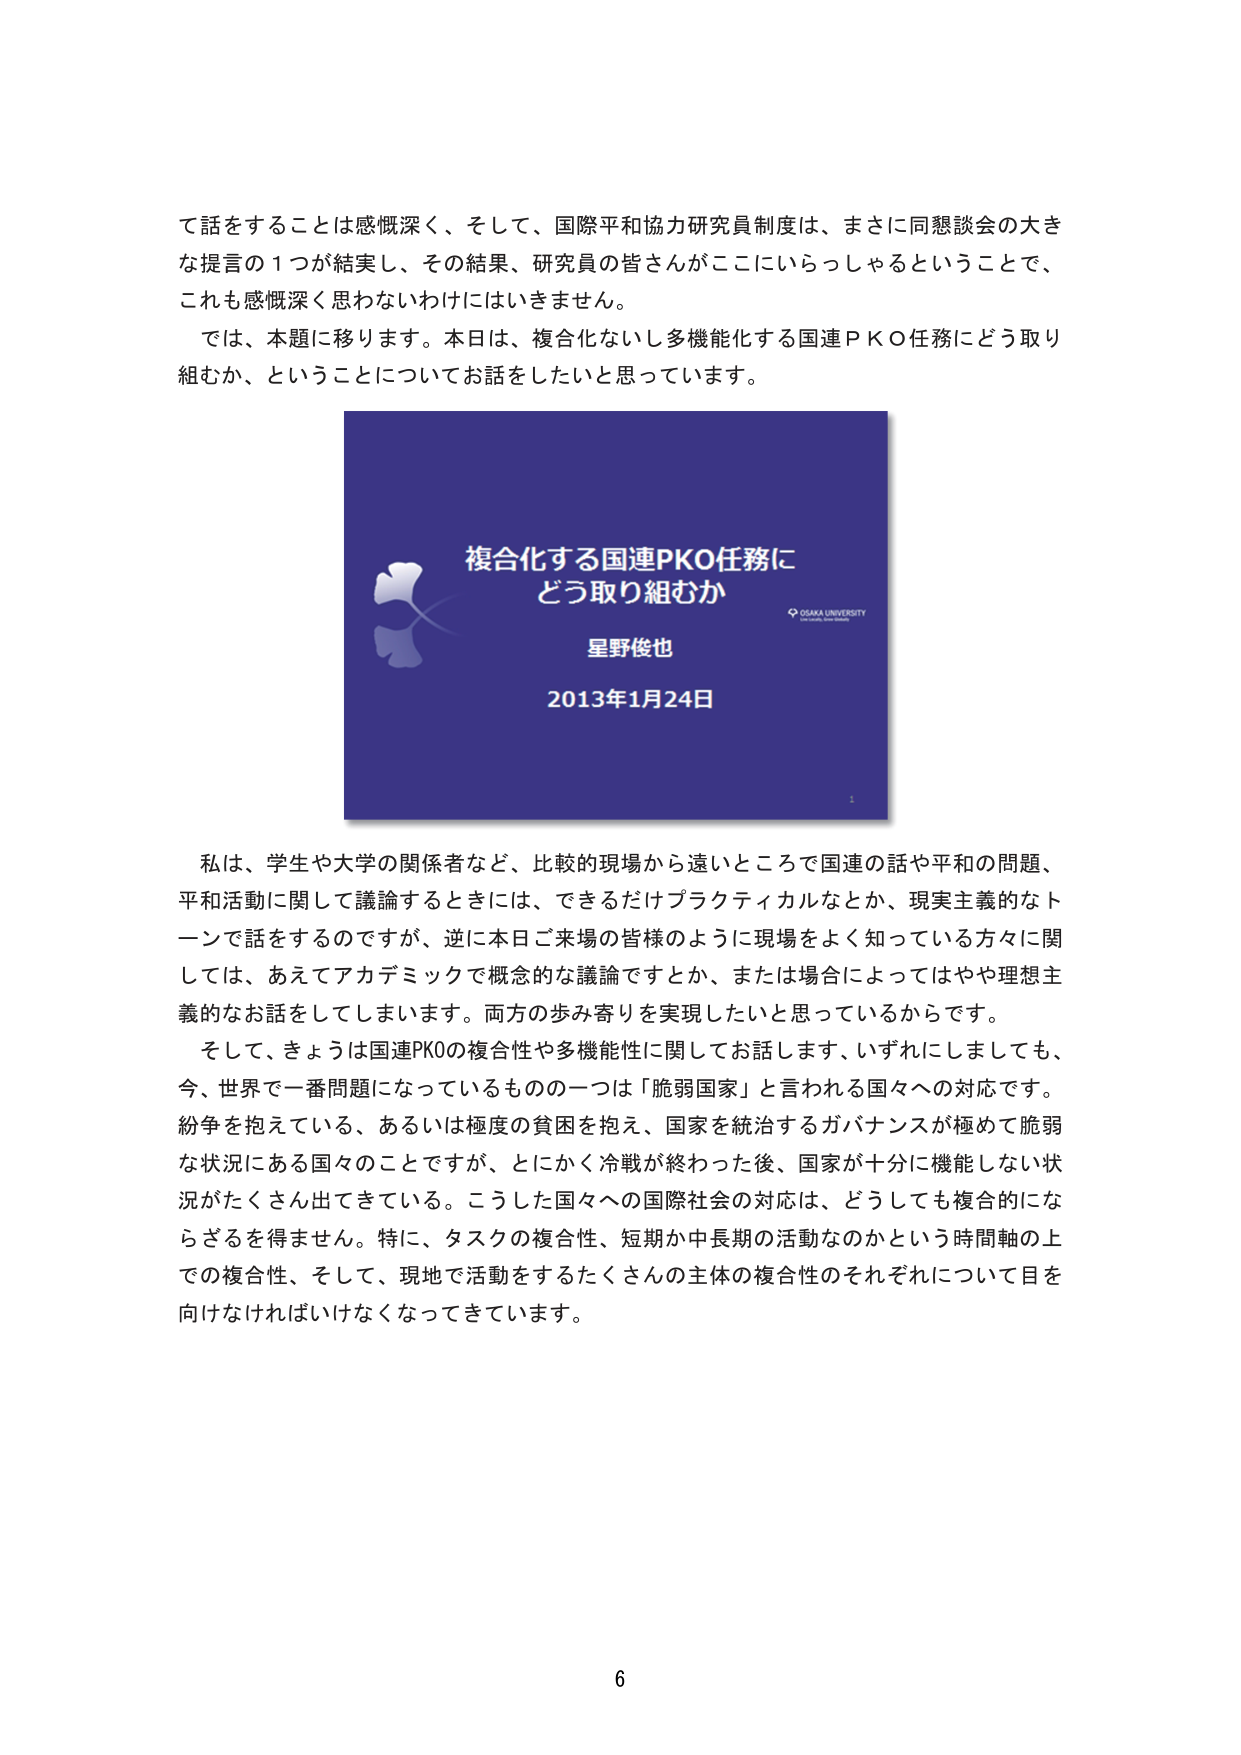
て話をするることは感慨深く、そして、国際平和協力研究員制度は、まさに同懇談会の大きな提言の1つが結実し、その結果、研究員の皆さんがここにいらっしゃるということで、これも感慨深く思わないわけにはいきません。

では、本題に移ります。本日は、複合化ないし多機能化する国連ＰＫＯ任務にどう取り組むか、ということについてお話をしたいと思っています。

複合化する国連PKO任務に
どう取り組むか
星野俊也
2013年1月24日
OSAKA UNIVERSITY

私は、学生や大学の関係者など、比較的現場から遠いところで国連の話や平和の問題、平和活動に関して議論するときには、できるだけプラクティカルなとか、現実主義的なトーンで話をするのですが、逆に本日ご来場の皆様のように現場をよく知っている方々に関しては、あえてアカデミックで概念的な議論ですとか、または場合によってはやや理想主義的なお話をしてしまいます。両方の歩み寄りを実現したいと思っているからです。

そして、きょうは国連PKOの複合性や多機能性に関してお話します。いずれにしましても、今、世界で一番問題になっているものの一つは「脆弱国家」と言われる国々への対応です。紛争を抱えている、あるいは極度の貧困を抱え、国家を統治するガバナンスが極めて脆弱な状況にある国々のことですが、とにかく冷戦が終わった後、国家が十分に機能しない状況がたくさん出てきている。こうした国々への国際社会の対応は、どうしても複合的にならざるを得ません。特に、タスクの複合性、短期か中長期の活動なのかという時間軸の上での複合性、そして、現地で活動をするたくさんの主体の複合性のそれぞれについて目を向けなければいけなくなってきています。

6